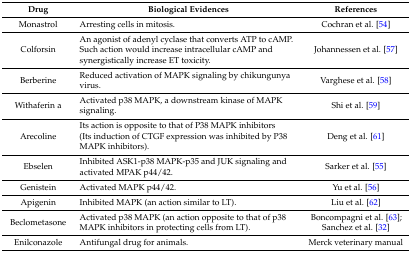
<table><thead><tr><td><b>Drug</b></td><td><b>Biological Evidences</b></td><td><b>References</b></td></tr></thead><tbody><tr><td>Monastrol</td><td>Arresting cells in mitosis.</td><td>Cochran et al. [54]</td></tr><tr><td>Colforsin</td><td>An agonist of adenyl cyclase that converts ATP to cAMP. Such action would increase intracellular cAMP and synergistically increase ET toxicity.</td><td>Johannessen et al. [57]</td></tr><tr><td>Berberine</td><td>Reduced activation of MAPK signaling by chikungunya virus.</td><td>Varghese et al. [58]</td></tr><tr><td>Withaferin a</td><td>Activated p38 MAPK, a downstream kinase of MAPK signaling.</td><td>Shi et al. [59]</td></tr><tr><td>Arecoline</td><td>Its action is opposite to that of P38 MAPK inhibitors (Its induction of CTGF expression was inhibited by P38 MAPK inhibitors).</td><td>Deng et al. [61]</td></tr><tr><td>Ebselen</td><td>Inhibited ASK1-p38 MAPK-p35 and JUK signaling and activated MPAK p44/42.</td><td>Sarker et al. [55]</td></tr><tr><td>Genistein</td><td>Activated MAPK p44/42.</td><td>Yu et al. [56]</td></tr><tr><td>Apigenin</td><td>Inhibited MAPK (an action similar to LT).</td><td>Liu et al. [62]</td></tr><tr><td>Beclometasone</td><td>Activated p38 MAPK (an action opposite to that of p38 MAPK inhibitors in protecting cells from LT).</td><td>Boncompagni et al. [63]; Sanchez et al. [32]</td></tr><tr><td>Enilconazole</td><td>Antifungal drug for animals.</td><td>Merck veterinary manual</td></tr></tbody></table>